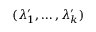
( \lambda _ { 1 } ^ { \prime } , \dots , \lambda _ { k } ^ { \prime } )